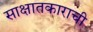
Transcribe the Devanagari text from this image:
साक्षातकाराची